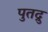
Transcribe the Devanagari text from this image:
पुतद्रु